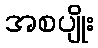
အစပျိုး